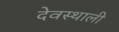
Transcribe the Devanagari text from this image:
देवस्थाली